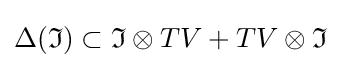
\Delta ({\mathfrak {I}})\subset {\mathfrak {I}}\otimes TV+TV\otimes {\mathfrak {I}}